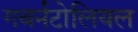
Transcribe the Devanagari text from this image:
गबर्नटोलियल